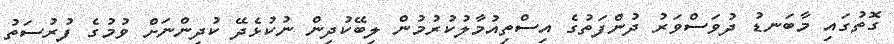
ގޮތުގައި މާބަނޑު ދުވަސްވަރު ދުންފަތުގެ އިސްތިއުމާލުކުރުމުން ލިބޭކުދިން ނުކުޅެދޭ ކުދިންނަށް ވުމުގެ ފުރުސަތު